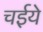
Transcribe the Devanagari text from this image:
चईये